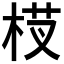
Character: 𬂵